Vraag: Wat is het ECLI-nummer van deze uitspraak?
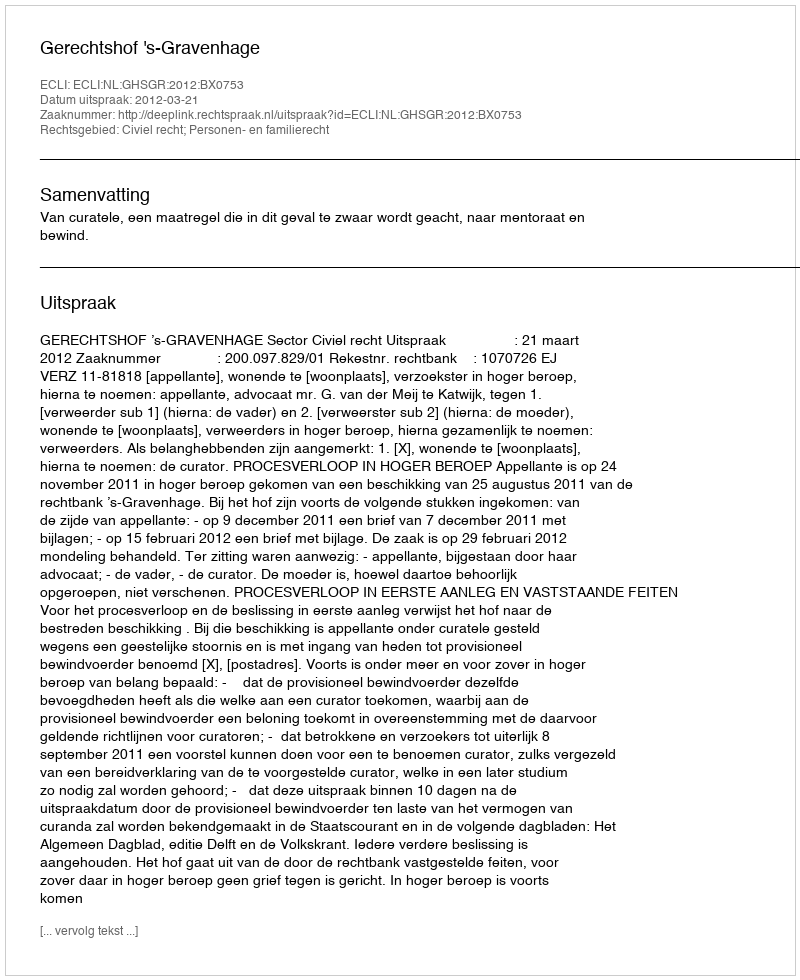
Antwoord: ECLI:NL:GHSGR:2012:BX0753